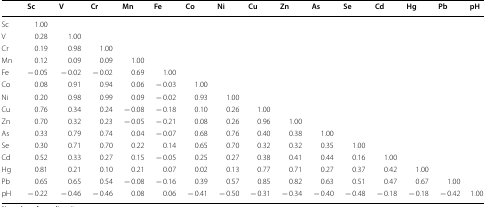
<table><thead><tr><td></td><td><b>Sc</b></td><td><b>V</b></td><td><b>Cr</b></td><td><b>Mn</b></td><td><b>Fe</b></td><td><b>Co</b></td><td><b>Ni</b></td><td><b>Cu</b></td><td><b>Zn</b></td><td><b>As</b></td><td><b>Se</b></td><td><b>Cd</b></td><td><b>Hg</b></td><td><b>Pb</b></td><td><b>pH</b></td></tr></thead><tbody><tr><td>Sc</td><td>1.00</td><td></td><td></td><td></td><td></td><td></td><td></td><td></td><td></td><td></td><td></td><td></td><td></td><td></td><td></td></tr><tr><td>V</td><td>0.28</td><td>1.00</td><td></td><td></td><td></td><td></td><td></td><td></td><td></td><td></td><td></td><td></td><td></td><td></td><td></td></tr><tr><td>Cr</td><td>0.19</td><td>0.98</td><td>1.00</td><td></td><td></td><td></td><td></td><td></td><td></td><td></td><td></td><td></td><td></td><td></td><td></td></tr><tr><td>Mn</td><td>0.12</td><td>0.09</td><td>0.09</td><td>1.00</td><td></td><td></td><td></td><td></td><td></td><td></td><td></td><td></td><td></td><td></td><td></td></tr><tr><td>Fe</td><td>− 0.05</td><td>− 0.02</td><td>− 0.02</td><td>0.69</td><td>1.00</td><td></td><td></td><td></td><td></td><td></td><td></td><td></td><td></td><td></td><td></td></tr><tr><td>Co</td><td>0.08</td><td>0.91</td><td>0.94</td><td>0.06</td><td>− 0.03</td><td>1.00</td><td></td><td></td><td></td><td></td><td></td><td></td><td></td><td></td><td></td></tr><tr><td>Ni</td><td>0.20</td><td>0.98</td><td>0.99</td><td>0.09</td><td>− 0.02</td><td>0.93</td><td>1.00</td><td></td><td></td><td></td><td></td><td></td><td></td><td></td><td></td></tr><tr><td>Cu</td><td>0.76</td><td>0.34</td><td>0.24</td><td>− 0.08</td><td>− 0.18</td><td>0.10</td><td>0.26</td><td>1.00</td><td></td><td></td><td></td><td></td><td></td><td></td><td></td></tr><tr><td>Zn</td><td>0.70</td><td>0.32</td><td>0.23</td><td>− 0.05</td><td>− 0.21</td><td>0.08</td><td>0.26</td><td>0.96</td><td>1.00</td><td></td><td></td><td></td><td></td><td></td><td></td></tr><tr><td>As</td><td>0.33</td><td>0.79</td><td>0.74</td><td>0.04</td><td>− 0.07</td><td>0.68</td><td>0.76</td><td>0.40</td><td>0.38</td><td>1.00</td><td></td><td></td><td></td><td></td><td></td></tr><tr><td>Se</td><td>0.30</td><td>0.71</td><td>0.70</td><td>0.22</td><td>0.14</td><td>0.65</td><td>0.70</td><td>0.32</td><td>0.32</td><td>0.35</td><td>1.00</td><td></td><td></td><td></td><td></td></tr><tr><td>Cd</td><td>0.52</td><td>0.33</td><td>0.27</td><td>0.15</td><td>− 0.05</td><td>0.25</td><td>0.27</td><td>0.38</td><td>0.41</td><td>0.44</td><td>0.16</td><td>1.00</td><td></td><td></td><td></td></tr><tr><td>Hg</td><td>0.81</td><td>0.21</td><td>0.10</td><td>0.21</td><td>0.07</td><td>0.02</td><td>0.13</td><td>0.77</td><td>0.71</td><td>0.27</td><td>0.37</td><td>0.42</td><td>1.00</td><td></td><td></td></tr><tr><td>Pb</td><td>0.65</td><td>0.65</td><td>0.54</td><td>− 0.08</td><td>− 0.16</td><td>0.39</td><td>0.57</td><td>0.85</td><td>0.82</td><td>0.63</td><td>0.51</td><td>0.47</td><td>0.67</td><td>1.00</td><td></td></tr><tr><td>pH</td><td>− 0.22</td><td>− 0.46</td><td>− 0.46</td><td>0.08</td><td>0.06</td><td>− 0.41</td><td>− 0.50</td><td>− 0.31</td><td>− 0.34</td><td>− 0.40</td><td>− 0.48</td><td>− 0.18</td><td>− 0.18</td><td>− 0.42</td><td>1.00</td></tr></tbody></table>